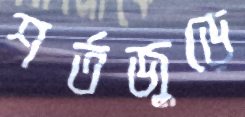
শর্তজুড়ে